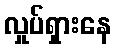
လှုပ်ရှားနေ